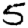
Digit: 5